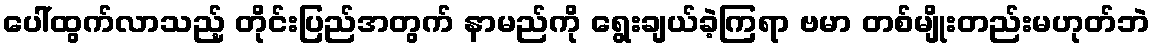
ပေါ်ထွက်လာသည့် တိုင်းပြည်အတွက် နာမည်ကို ရွေးချယ်ခဲ့ကြရာ ဗမာ တစ်မျိုးတည်းမဟုတ်ဘဲ